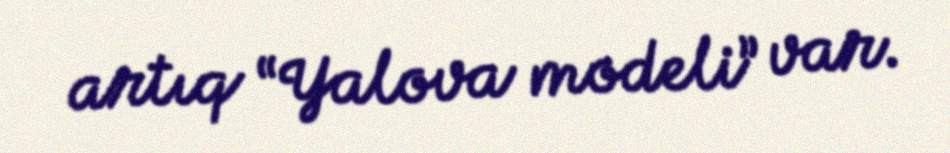
artıq “Yalova modeli” var.